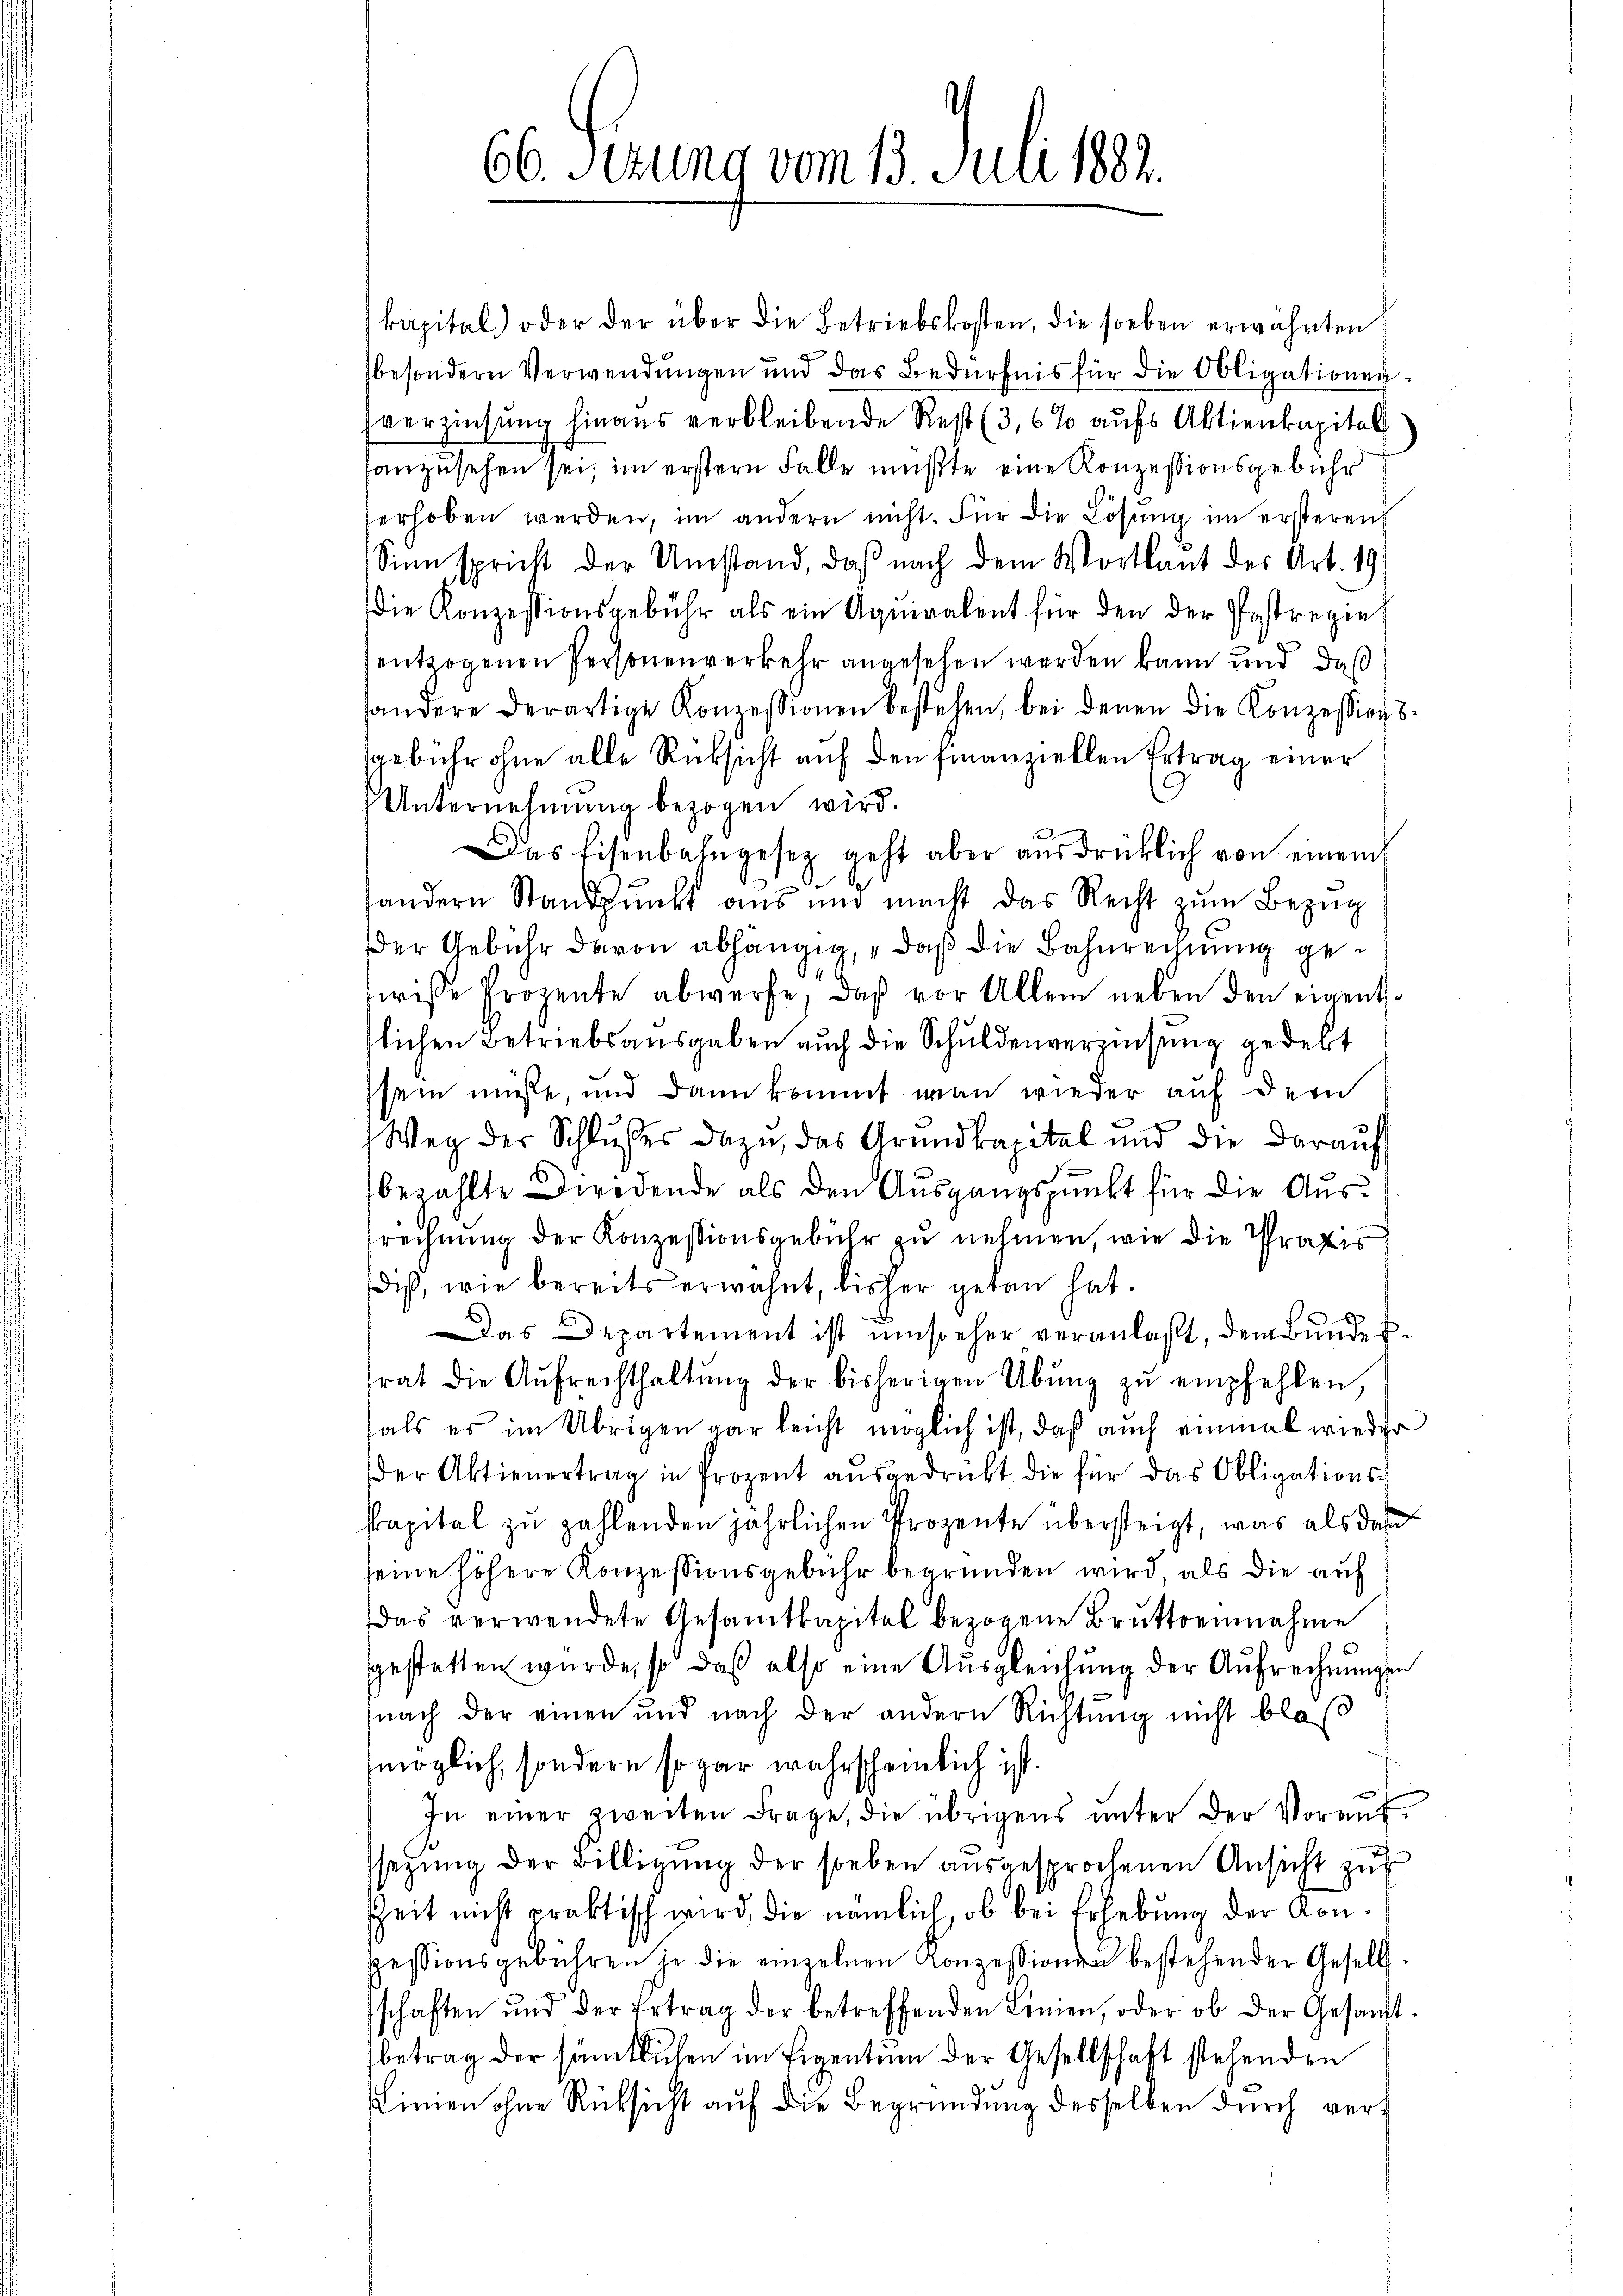
66. Ferung vom 13. Juli 1882.

kapital) oder der über die Betriebskosten, die soeben erwähnten
besondern Verwendungen und das Bedürfnis für die Obligationensverzinsung hinaus verbleibende Rest (3,6% aufs Aktienkapital
sanzusehen sei, im erstern Falle mußte eine Konzessionsgebühr
erhoben werden, im andern nicht. Für die Lösung im ersteren
Sinn spricht der Umstand, daß nach dem Wortlaut des Art. 19
ie Konzessionsgebühr als ein Aqŭiralent für den der Postregie
sentzogenen Personenverkehr angesehen werden kann und daß
andere derartige Konzessionen bestehen, bei denen die Konzessionsgebühr ohne alle Rücksicht auf den finanziellen Ertrag einer
Unternehmung bezogen wird.
Das Eisenbahngesetz geht aber ausdrücklich von einem
handern Standpŭnkt aus und macht das Recht zŭm Bezŭg
der Gebühr davon abhängig, daß die Bahnrechnung gewisse Prozente abwerfe, daß vor Allem neben den eigenttlichen Betriebsausgaben auch die Schuldenverzinsung gedeckt
sein müße, und dann kommt man wieder auf dem
Weg der Schlŭsses dazu, das Grundkapital und die daraŭfs
bezahlte Diredende als den Ausgangspunkt für die Aussrechnung der Konzessionsgebühr zu nehmen, wie die Praxis
diß, wie bereits erwähnt, bisher getan hat.
Das Departement ist umsteher veranlaßt, dem Bŭndes-
frat die Aŭfrechthaltŭng der bisherigen Übung zŭ empfehlen,
fals es im Übrigen gar leicht möglich ist, daß auch einmal wieder
der Aktienertrag in Prozent aŭsgedrückt die für das Obligationsch
Prapital zu zahlenden jährlichen Prozente übersteigt, was als daß
seine höhere Konzessionsgebühr begründen wird, als die auf
Das verwendete Gesamtkapitel bezogene Bruttoeinnahme
ggestatten wurde, so daß also eine Ausgleichung der Aufrechnungen
nach der einen und nach der andern Richtung nicht blo
möglich, sondern sogar wahrscheinlich ist.
In einer zweiten Frage, die übrigens ŭnter der Vorant-
sezung der Billigŭng der soeben aŭsgesprochenen Ansicht zu
Zeit nicht praktisch wird, die nämlich, ob bei Erhebung der Konpessionsgebühren je die einzelnen Konzessionen bestehender Gesellschaften und der Ertrag der betreffenden Lenien, oder ob der Gesandt
betrag der sämtlichen im Eigentum der Gesellschaft stehenden
Linien ohne Rücksicht auf die Begründung desselben durch ver¬